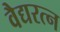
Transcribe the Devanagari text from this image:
वैद्यरत्न